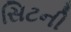
સિટની